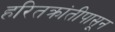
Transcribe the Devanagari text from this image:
हरितक्रांतीपासून